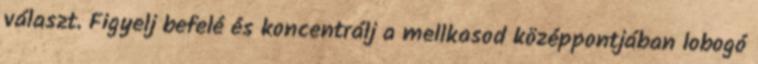
választ. Figyelj befelé és koncentrálj a mellkasod középpontjában lobogó